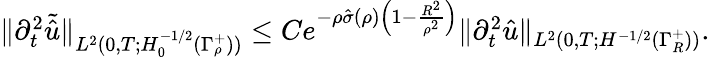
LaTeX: \begin{array}{r}{\| \partial_{t}^{2}\tilde{\hat{u}}\| _{L^{2}(0,T;H_{0}^{-1/2}(\Gamma_{\rho}^{+}))}\leq Ce^{-\rho\hat{\sigma}(\rho)\left(1-\frac{R^{2}}{\rho^{2}}\right)}\| \partial_{t}^{2}\hat{u}\| _{L^{2}(0,T;H^{-1/2}(\Gamma_{R}^{+}))}.}\end{array}